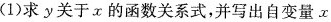
(1)求y关于x的函数关系式，并写出自变量x